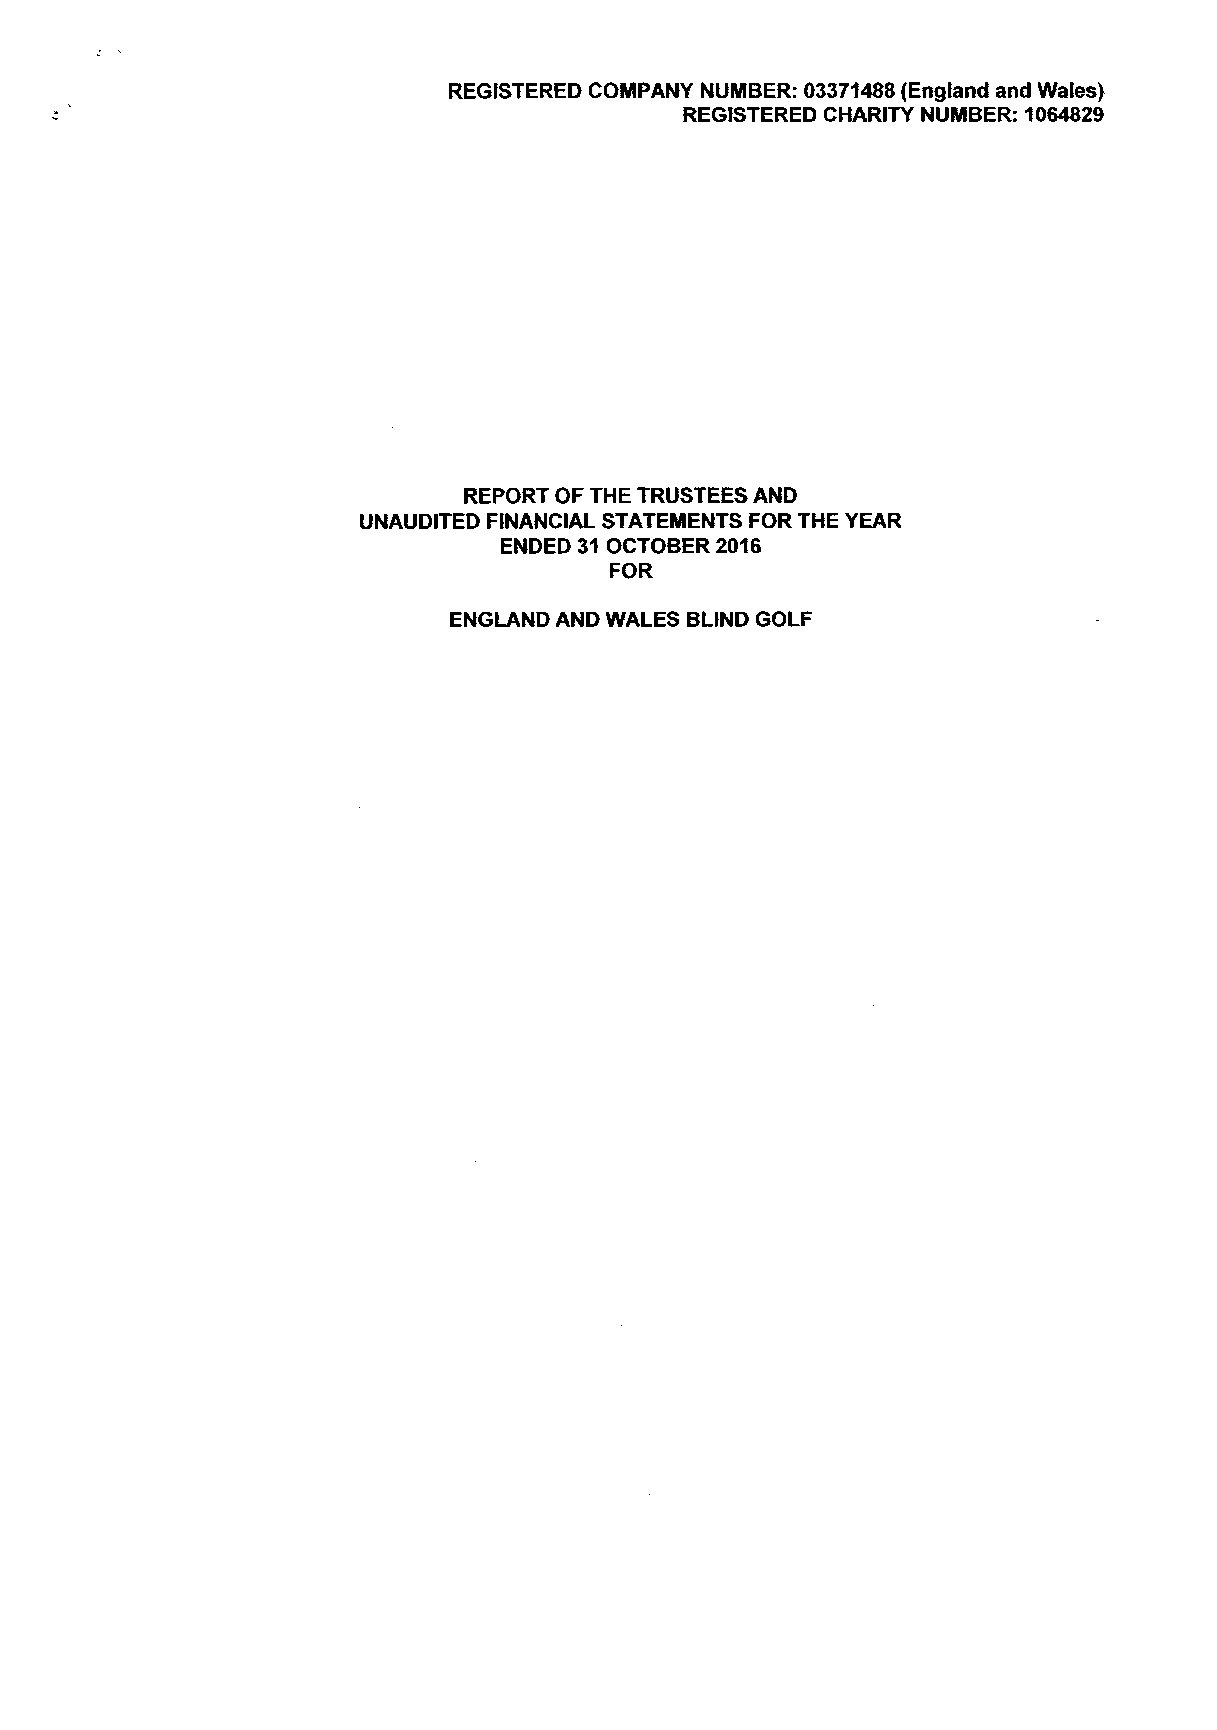
REGISTERED COMPANY NUMBER: 03371488(England and Wales)
 REGISTERED CHARITY NUMBER: 1064829
 REPORT OFTHE TRUSTEESAND
 UNAUDITED FINANCIAL STATEMENTS FOR THE YEAR
 ENDED 31OCTOBER 2016
 FOR
 ENGLAND AND WALES BLIND GOLF